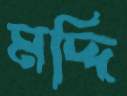
মদ্দি